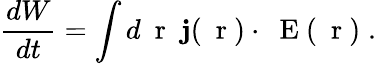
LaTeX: \frac{dW}{dt}=\int d\mathrm{~\mathbf~r~}\; {\mathbf j}(\mathrm{~\mathbf~r~})\cdot\mathrm{~\mathbf~E~}(\mathrm{~\mathbf~r~})\; .